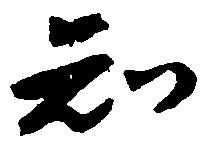
知